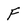
Character: F